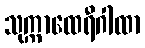
သုက္ကာထေရီဂါထာ